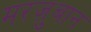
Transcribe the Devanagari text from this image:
मरज़ुबान